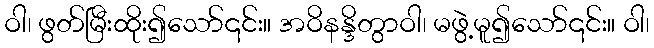
ဝါ၊ ဖွတ်မြီးထိုး၍သော်၎င်း။ အဝိနန္ဒိတွာဝါ၊ မဖွဲ့မူ၍သော်၎င်း။ ဝါ၊